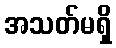
အသတ်မရှိ